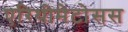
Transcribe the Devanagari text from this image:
एरिथीमेटोसस